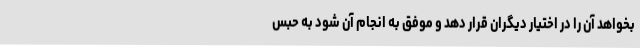
بخواهد آن را در اختیار دیگران قرار دهد و موفق به انجام آن شود به حبس